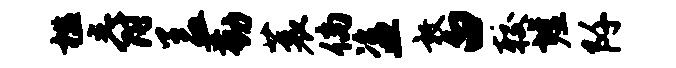
槛爵盖勤蓑倘盗敦白较墟阡